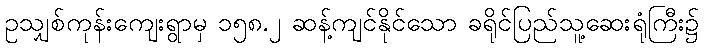
ဥသျှစ်ကုန်းကျေးရွာမှ ၁၅၈.၂ ဆန့်ကျင်နိုင်သော ခရိုင်ပြည်သူ့ဆေးရုံကြီး၌